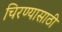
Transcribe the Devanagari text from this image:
चिरण्यासाठी